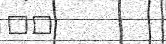
٩٤